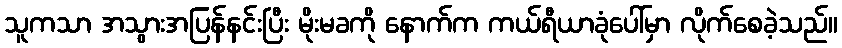
သူကသာ အသွားအပြန်နင်းပြီး မိုးမခကို နောက်က ကယ်ရီယာခုံပေါ်မှာ လိုက်စေခဲ့သည်။